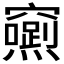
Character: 𮄢